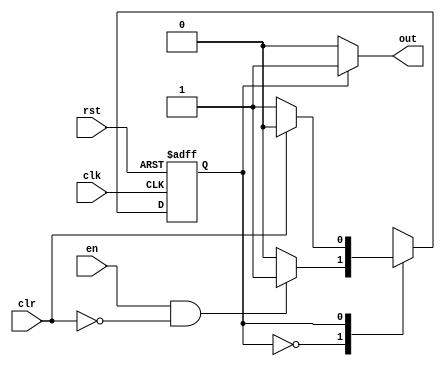
`timescale 1ns / 1ps
//////////////////////////////////////////////////////////////////////////////////
// Company: 
// 
// Design Name: 
// Module Name: fsm_rele
// Project Name: 
// Target Devices: 
// Tool Versions: 
// Description: 
// 
// Dependencies: 
// 
// Revision:
// Revision 0.01 - File Created
// Additional Comments:
// 
//////////////////////////////////////////////////////////////////////////////////


module fsm_rele(
input wire clk, rst,
input wire en, clr,
output reg out
    );
    parameter IDLE = 1'b0, ACTIVE = 1'b1;
    reg state, state_nxt;
    
    //logica stato successivo
    always@(state, en, clr)
    case(state)
    IDLE: if(en && !clr) state_nxt = ACTIVE; else state_nxt = IDLE; //Se il segnale da tenere alto arriva (e non arriva in contemporanea il clear)
    ACTIVE: if(clr) state_nxt = IDLE; else state_nxt = ACTIVE; //se arriva il clear torno ad abassare il segnale mantenuto alto
    default: state_nxt = state;
    endcase
    
    //registro stato
    always@(posedge clk, posedge rst)
    if(rst) state <= IDLE;
    else state = state_nxt;
    
    //logica uscite di Moore
    always@(state)
    if(state == IDLE) out = 1'b0;
    else out = 1'b1;
endmodule